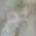
لم